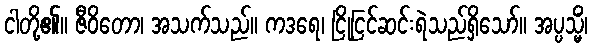
ငါတို့၏။ ဇီဝိတော၊ အသက်သည်။ ကဒရေ၊ ငြိုငြင်ဆင်းရဲသည်ရှိသော်။ အပ္ပသ္မိံ၊